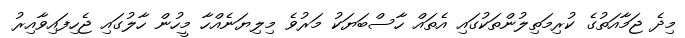
މިދެ ޖަމާއަތުގެ ކުރިމަތިލުންތަކުގައި އެތައް ހާސްބަޔަކު މަރުވެ މިލިޔަނެއްހާ މީހުން ހާލުގައި ޖެހިފައިވާއިރު